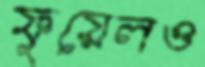
ফুয়েলও